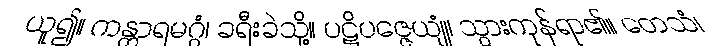
ယူ၍။ ကန္တာရမဂ္ဂံ၊ ခရီးခဲသို့။ ပဋိပဇ္ဇေယျုံ၊ သွားကုန်ရာ၏။ တေသံ၊